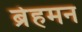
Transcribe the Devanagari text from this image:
ब्रेहमन